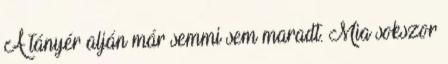
A tányér alján már semmi sem maradt. Mia sokszor